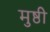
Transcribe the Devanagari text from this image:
मुष्ठी